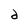
Character: d